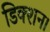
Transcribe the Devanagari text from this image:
डिक्शन।